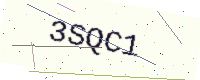
Text: 3SQC1